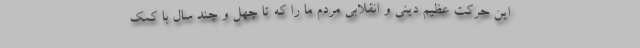
این حرکت عظیم دینی و انقلابی مردم ما را که تا چهل و چند سال با کمک